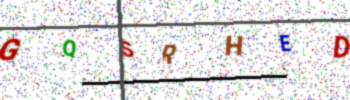
Text: GQSRHED